Vaccine operations Central Provinces & Berar 1922-1929 - 1922-1929
Year: 1922
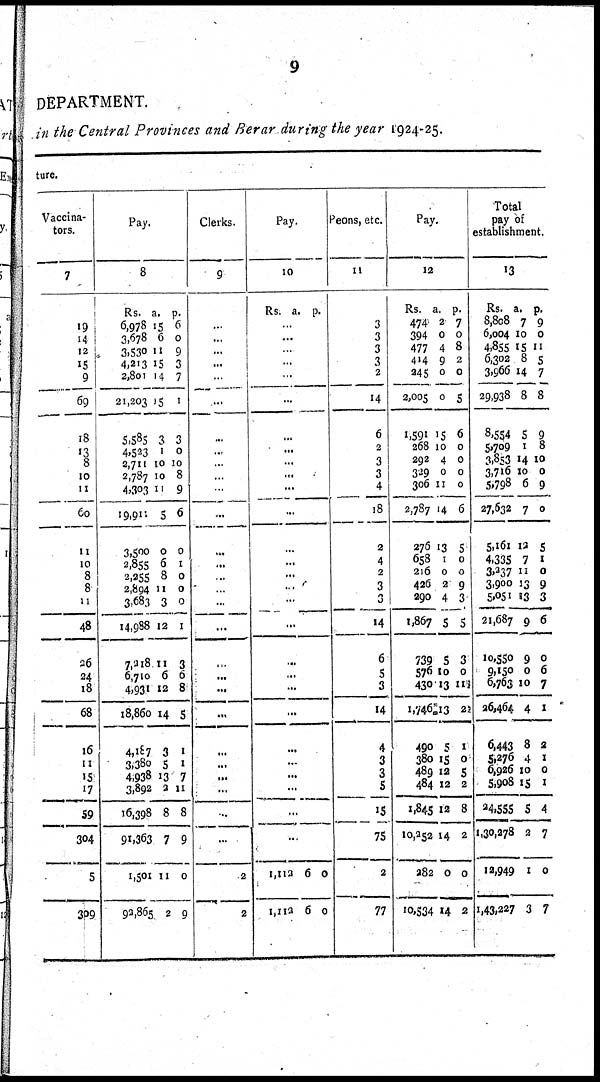
9
DEPARTMENT.
in the Central Provinces and Berar during the year 1924-25.
ture.
Vaccina-
tors.
7
19
14
12
15
9
69
18
13
8
10
11
60
11
10
8
8
11
48
26
24
18
68
16
11
15
17
59
304
5
309
Pay.
8
Rs.
6,078
3,678
3,530
4,213
2,801
21,203
5,585
4,523
2,711
2,787
4,303
19,911
3,500
2,855
2,255
2,894
3,683
14,988
7,218
6,710
4,931
18,860
4,187
3,380
4,938
3,892
16,398
91,363
1,501
92,865
a.
15
6
11
15
14
15
3
1
10
10
11
5
0
6
8
11
3
12
11
6
12
14
3
5
13
2
8
7
11
2
p.
6
0
9
3
7
1
3
0
10
8
9
6
0
1
0
0
0
1
3
6
8
5
1
1
7
11
8
9
0
9
Clerks.
9
...
...
...
...
...
...
...
...
...
...
...
...
...
...
...
...
...
...
...
...
...
...
...
...
...
...
...
...
2
2
Pay.
10
Rs. a. p.
...
...
...
...
...
...
...
...
...
...
...
...
...
...
...
...
...
...
...
...
...
...
...
...
...
...
...
...
1,112
1,112
6
6
0
0
Peons, etc.
11
3
3
3
3
2
14
6
2
3
3
4
18
2
4
2
3
3
14
6
5
3
14
4
3
3
5
15
75
2
77
Pay.
12
Rs.
474
394
477
414
245
2,005
1,591
268
292
339
306
2,787
276
658
216
426
290
1,867
739
576
430
1,746
490
380
489
484
1,845
10,252
282
10,534
a.
2
0
4
9
0
0
15
10
4
0
11
14
13
1
0
2
4
5
5
10
13
13
5
15
12
12
12
14
0
14
p.
7
0
8
2
0
5
6
0
0
0
0
6
5
0
0
9
3
5
3
0
117
22
1
0
5
2
8
2
0
2
Total
pay of
establishment.
13
Rs.
8,808
6,004
4,855
6,302
3,966
29,938
8,554
5,709
3,853
3,716
5,798
27,632
5,161
4,335
3,237
3,900
5,051
21,687
10,550
9,150
6,763
26,464
6,443
5,276 6,926
5,908
24,555
1,30,278
12,949
1,43,227
a.
7
10
15
8
14
8
5
1
14
10
6
7
12
7
11
13
13
9
9
0
10
4
8
4
10
15
5
2
1
3
p.
9
0
11
5
7
8
9
8
10
0
9
0
5
1
0
9
3
6
0
6
7
1
2
1
0
1
4
7
0
7